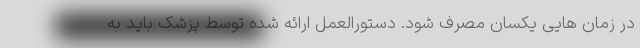
در زمان هایی یکسان مصرف شود. دستورالعمل ارائه شده توسط پزشک باید به